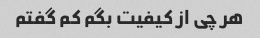
هر چی از کیفیت بگم کم گفتم